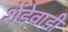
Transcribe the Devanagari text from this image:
शेंडेवाडी